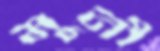
মুনী